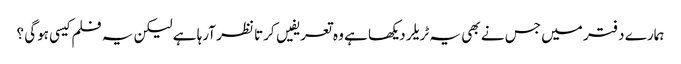
ہمارے دفتر میں جس نے بھی یہ ٹریلر دیکھا ہے وہ تعریفیں کرتا نظر آرہا ہے لیکن یہ فلم کیسی ہوگی ؟